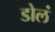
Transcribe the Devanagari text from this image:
डोलं